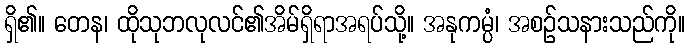
ရှိ၏။ တေန၊ ထိုသုဘလုလင်၏အိမ်ရှိရာအရပ်သို့။ အနုကမ္ပံ၊ အစဉ်သနားသည်ကို။